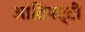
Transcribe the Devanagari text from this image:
आंदिपट्टी